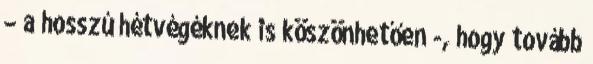
– a hosszú hétvégéknek is köszönhetően -, hogy tovább